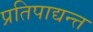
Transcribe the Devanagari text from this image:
प्रतिपाद्यन्त्त